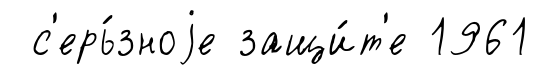
с'ерь́зноjе защи́т'е 1961